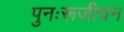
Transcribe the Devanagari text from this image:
पुनःरूजीवन